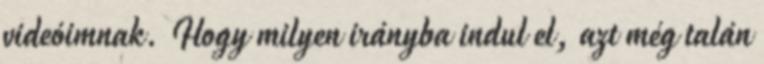
videóimnak. Hogy milyen irányba indul el, azt még talán